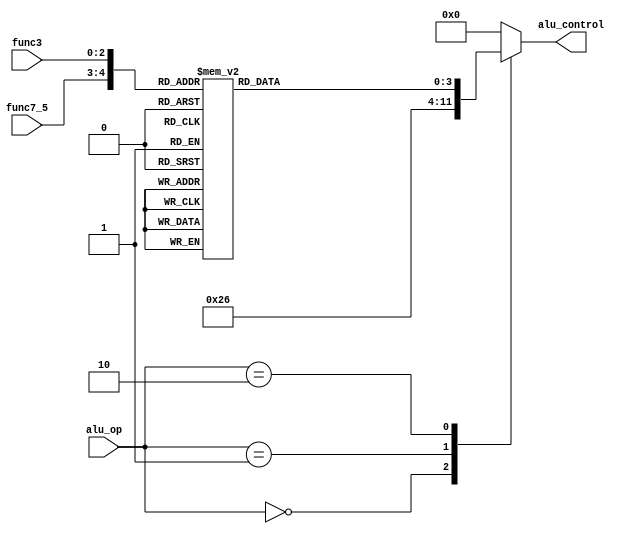
//Module: ALU control
//Function: ALU control is a combinational circuit that takes the ALU control signals from the Control unit as well as the function field of the instruction, and generates the control signals for the ALU

module alu_control(
	input wire [1:0]      func7_5,
      input wire [2:0] func3,
	input wire [1:0] alu_op,
	output reg [3:0] alu_control
   );

   
   //The ALUOP codes can be found
   //in chapter 4.4 of the book.
   parameter [1:0] ADD_OPCODE    = 2'b00;
   parameter [1:0] SUB_OPCODE    = 2'b01;
   parameter [1:0] R_TYPE_OPCODE = 2'b10;

   //The ALU control codes can be found
   //in chapter 4.4 of the book.
   parameter [3:0] AND_OP        = 4'd0;
   parameter [3:0] OR_OP         = 4'd1;
   parameter [3:0] ADD_OP        = 4'd2;
   parameter [3:0] SLL_OP        = 4'd3;
   parameter [3:0] SRL_OP        = 4'd4;
   parameter [3:0] SUB_OP        = 4'd6;
   parameter [3:0] SLT_OP        = 4'd7;
	parameter [3:0] MUL_OP        = 4'd8;


   //The decoding of the instruction funtion field into the desired
   //alu operation can be found in Figure 4.12 of the Patterson Book,
   //section 4.4
	wire [4:0] function_field = {func7_5, func3};
	parameter [4:0] FUNC_ADD      = 5'b00000;
	parameter [4:0] FUNC_SUB      = 5'b10000;
	parameter [4:0] FUNC_AND      = 5'b00111;
	parameter [4:0] FUNC_OR       = 5'b00110;
	parameter [4:0] FUNC_SLT      = 5'b00010;
	parameter [4:0] FUNC_SLL      = 5'b00001;
	parameter [4:0] FUNC_SRL      = 5'b00101;
	parameter [4:0] FUNC_MUL      = 5'b01000;

	reg [3:0] rtype_op;
   
   always @(*) begin
		case(function_field)
		   FUNC_ADD	:  rtype_op = ADD_OP;
		   FUNC_SUB	:  rtype_op = SUB_OP;
		   FUNC_AND	:  rtype_op = AND_OP;
		   FUNC_OR 	:  rtype_op = OR_OP; 
		   FUNC_SLT	:  rtype_op = SLT_OP;
		   FUNC_SLL	:  rtype_op = SLL_OP;
		   FUNC_SRL	:  rtype_op = SRL_OP;
			FUNC_MUL : rtype_op = MUL_OP;
			default:   rtype_op = 4'd0;
		endcase
	end

	always @(*) begin
		case(alu_op)
			ADD_OPCODE    : alu_control = ADD_OP;	/* add */
			SUB_OPCODE    : alu_control = SUB_OP;	/* sub */
			R_TYPE_OPCODE : alu_control = rtype_op;
			default       : alu_control = 'b0;
		endcase
	end

endmodule